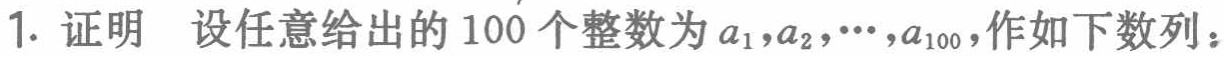
1. 证明 设任意给出的 100 个整数为 \(a_{1},a_{2},\cdots,a_{100}\)，作如下数列：